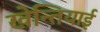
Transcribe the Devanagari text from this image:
खेन्तियाई